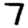
Digit: 7